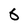
Character: 6